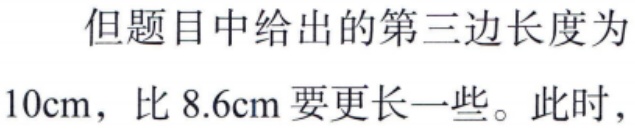
但题目中给出的第三边长度为
\(10\text{cm}\)，比 \(8.6\text{cm}\) 要更长一些。此时，